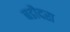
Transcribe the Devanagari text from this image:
बडौदरा